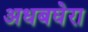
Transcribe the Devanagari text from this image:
अधबघेरा